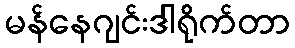
မန်နေဂျင်းဒါရိုက်တာ